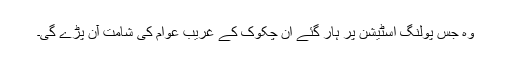
وہ جس پولنگ اسٹیشن پر ہار گئے ان چکوک کے غریب عوام کی شامت آن پڑے گی۔